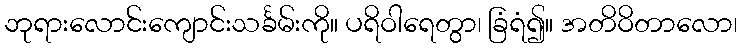
ဘုရားလောင်းကျောင်းသင်္ခမ်းကို။ ပရိဝါရေတွာ၊ ခြံရံ၍။ အတိဝိတာလော၊